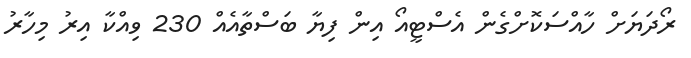
ރޯދަޔަށް ހާއްސަކޮށްގެން އެސްޓީއޯ އިން ފިޔާ ބަސްތާއެއް 230 ވިއްކާ އިރު މިހާރު